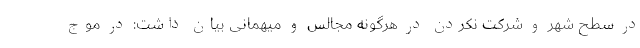
در سطح شهر و شرکت نکردن در هرگونه مجالس و میهمانی بیان داشت: در موج